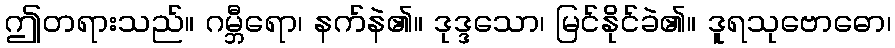
ဤတရားသည်။ ဂမ္ဘီရော၊ နက်နဲ၏။ ဒုဒ္ဒသော၊ မြင်နိုင်ခဲ၏။ ဒူရသုဗောဓော၊